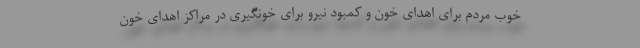
خوب مردم برای اهدای خون و کمبود نیرو برای خونگیری در مراکز اهدای خون